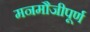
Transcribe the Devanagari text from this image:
मनमौजीपूर्ण